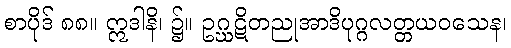
စာပိုဒ် ၈၈။ ဣဒါနိ၊ ၌။ ဥဂ္ဃဋိတညုအာဒိပုဂ္ဂလတ္တယဝသေန၊